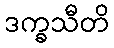
ဒက္ခသီတိ